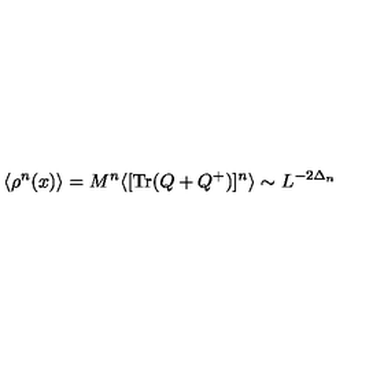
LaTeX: \langle \rho ^ { n } ( x ) \rangle = M ^ { n } \langle [ \mathrm { T r } ( Q + Q ^ { + } ) ] ^ { n } \rangle \sim L ^ { - 2 \Delta _ { n } }